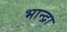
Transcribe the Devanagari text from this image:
भान्द्रा